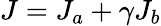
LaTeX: J=J_{a}+\gamma J_{b}